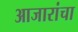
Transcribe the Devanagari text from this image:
आजारांचा